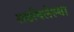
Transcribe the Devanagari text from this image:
लढविलेल्या